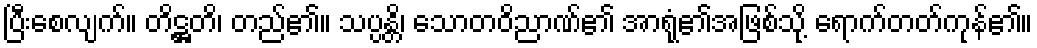
ပြီးစေလျက်။ တိဋ္ဌတိ၊ တည်၏။ သပ္ပန္တိ၊ သောတဝိညာဏ်၏ အာရုံ၏အဖြစ်သို့ ရောက်တတ်ကုန်၏။